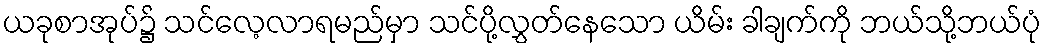
ယခုစာအုပ်၌ သင်လေ့လာရမည်မှာ သင်ပို့လွှတ်နေသော ယိမ်း ခါချက်ကို ဘယ်သို့ဘယ်ပုံ